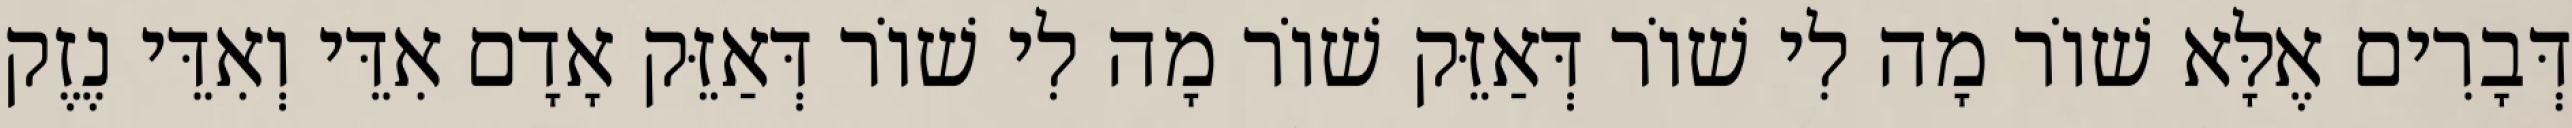
דְּבָרִים אֶלָּא שׁוֹר מָה לִי שׁוֹר דְּאַזֵּק שׁוֹר מָה לִי שׁוֹר דְּאַזֵּק אָדָם אִדֵּי וְאִדֵּי נֶזֶק